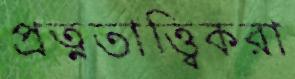
প্রত্নতাত্ত্বিকরা